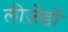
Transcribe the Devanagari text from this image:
लीजेंडों